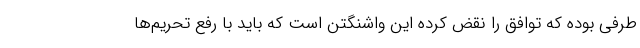
طرفی بوده که توافق را نقض کرده این واشنگتن است که باید با رفع تحریم‌ها